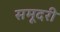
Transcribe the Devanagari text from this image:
समूदरी